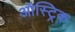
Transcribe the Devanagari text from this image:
ऑस्ट्रिक